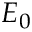
E _ { 0 }